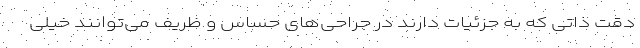
دقت ذاتی که به جزئیات دارند در جراحی‌های حساس و ظریف می‌توانند خیلی